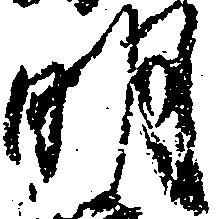
明